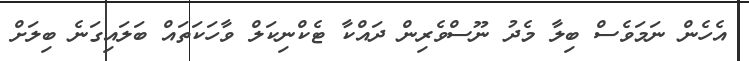
އެހެން ނަމަވެސް ބިލާ މެދު ނޫސްވެރިން ދައްކާ ޓެކްނިކަލް ވާހަކަތައް ބަލައިގަނެ ބިލަށް